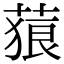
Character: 𦵧